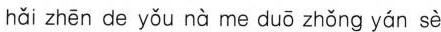
hǎi zhēn de yǒu nà me duō zhǒng yán sè